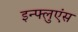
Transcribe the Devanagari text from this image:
इन्फ्लुएंस